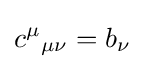
c^{\mu }{}_{\mu \nu }=b_{\nu }